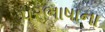
પરભાષાના